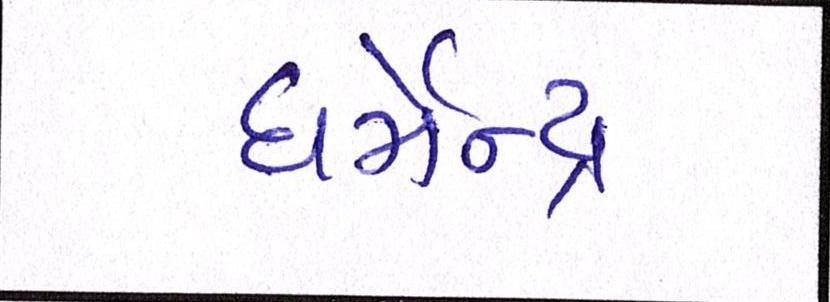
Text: ધર્મેન્દ્ર